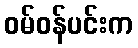
ဝမ်ဝန်ပင်းက